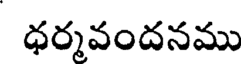
ధర్మవందనము